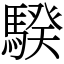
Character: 騤